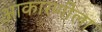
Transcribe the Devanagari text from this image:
आकारणीला